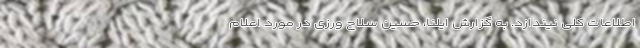
اطلاعات کلی نیندازد. به گزارش ایلنا، حسین سلاح ورزی در مورد اعلام